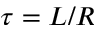
\tau = L / R